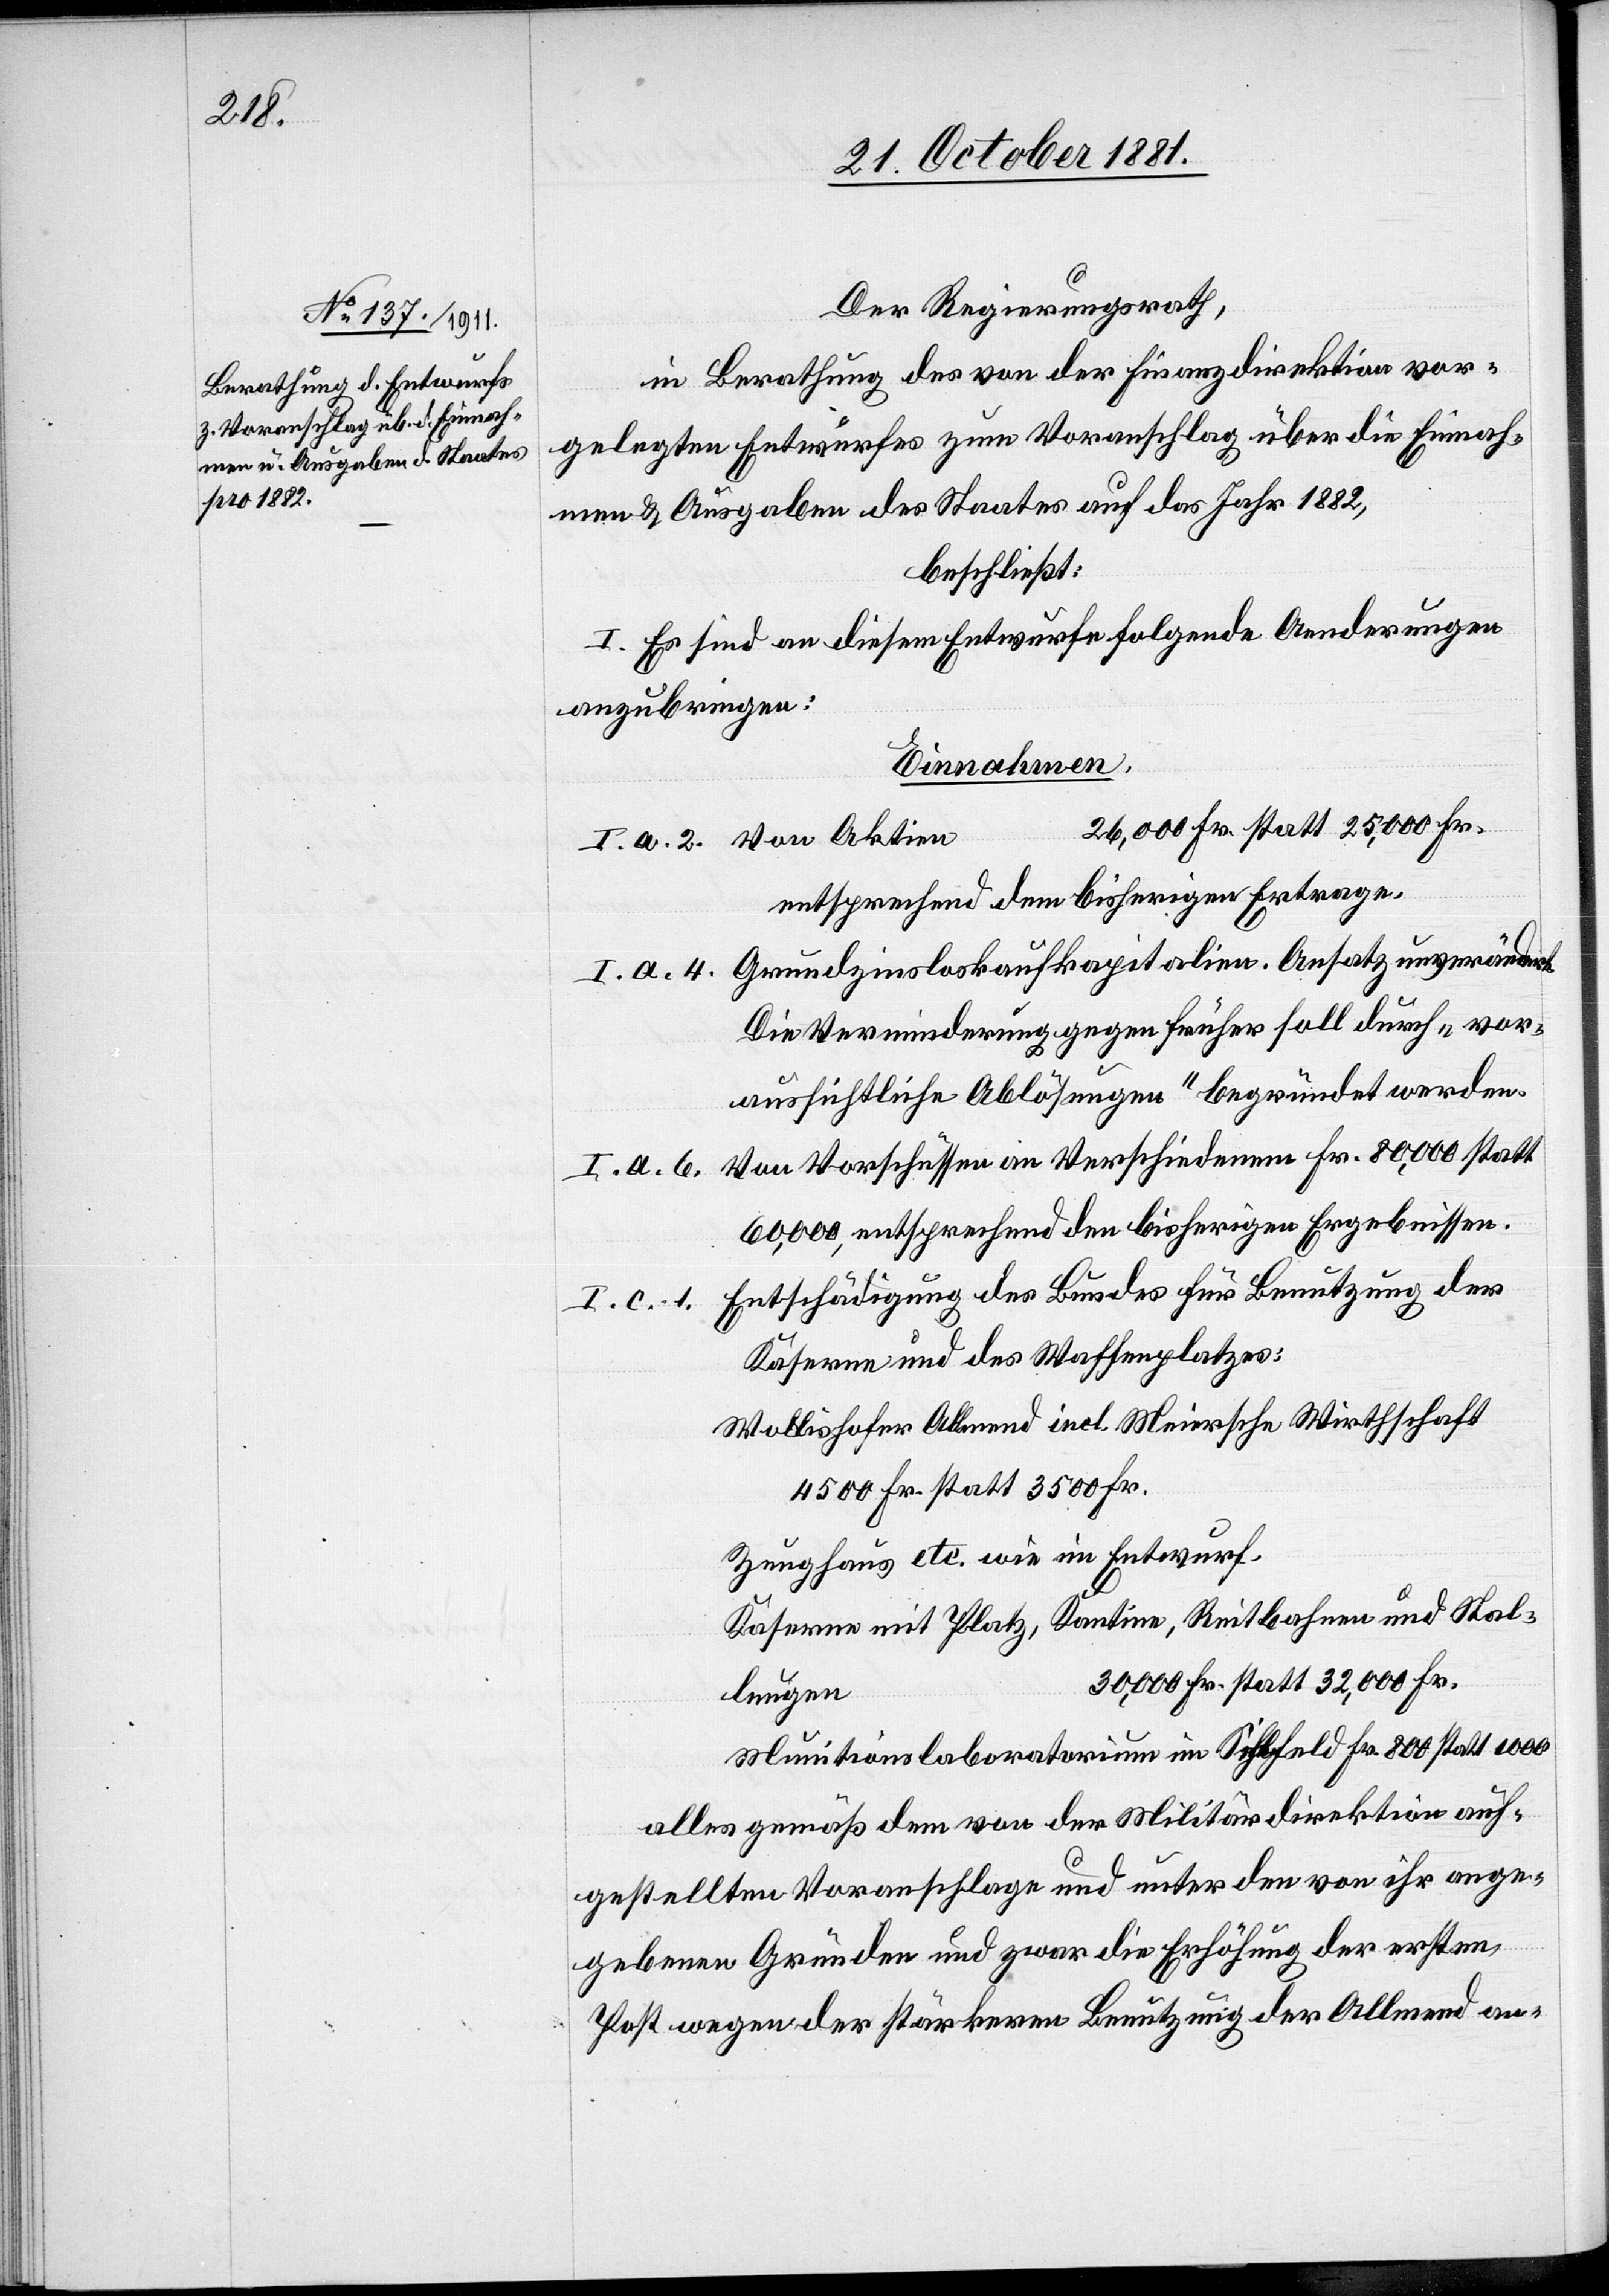
Der Regierungsrath,
in Berathung des von der Finanzdirektion vor¬
gelegten Entwurfes zum Voranschlag über die Einnah¬
men & Ausgaben des Staates auf das Jahr 1882,
beschließt:
I. Es sind an diesem Entwurfe folgende Aenderungen
anzubringen:
Einnahmen:
entsprechend dem bisherigen Ertrage.
I. a. 4. Grundzinsloskaufkapitalien. 				Ansatz unverändert.
Die Verminderung gegen früher soll durch „vor¬
aussichtliche Ablösungen“ gegründet werden.
Von Vorschüssen an Verschiedenem 				Fr. 80,000 statt
I. c. 1.
60,000, entsprechend den bisherigen Ergebnissen.
Entschädigung des Baus des für Benutzung der
Kaserne und des Waffenplatzes:
Wollishofen Allmeind incl. Meiersche Wirthschaft
4500 Fr. statt 3500 Fr.
Zeughaus etc. wie im Entwurf.
Kaserne mit Platz, Kantine, Reitbahnen und Stal¬
n	30,000 Fr. statt 32,000 Fr.
lunge¬
Munitionslaboratorium im Sihlfeld				Fr. 800 statt 1000
alles gemäß dem von der Militärdirektion auf¬
gestellten Voranschlage und unter den von ihr ange¬
gebenen Gründen und zwar die Erhöhung der ersten
Post wegen der stärkeren Benutzung der Allmend an-